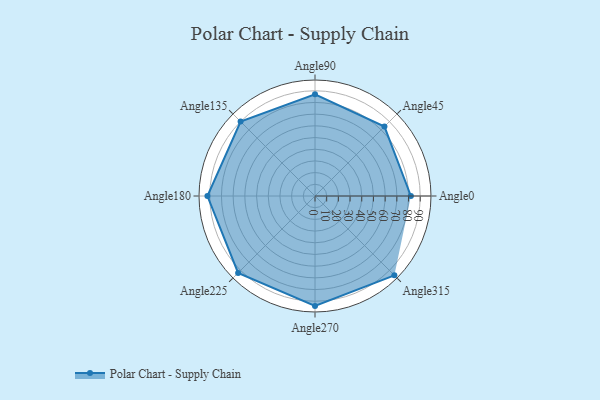
{"axis": {"x": "Angle", "y": "Radius"}, "legend": [""], "data": [{"x": "Angle0", "y": 82.0, "type": ""}, {"x": "Angle45", "y": 84.0, "type": ""}, {"x": "Angle90", "y": 87.0, "type": ""}, {"x": "Angle135", "y": 90.0, "type": ""}, {"x": "Angle180", "y": 92.0, "type": ""}, {"x": "Angle225", "y": 93.0, "type": ""}, {"x": "Angle270", "y": 94.0, "type": ""}, {"x": "Angle315", "y": 96.0, "type": ""}]}